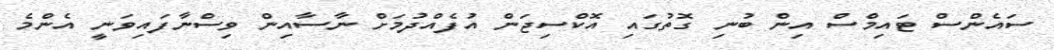
ސައެންސް ޓައިމްސް އިން ބުނި ގޮތުގައި އޮކްސިޖަން އުފެއްދުމަށް ނާސާއިން ވިސްނާފައިވަނީ އެންމެ